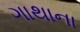
ગાથાના